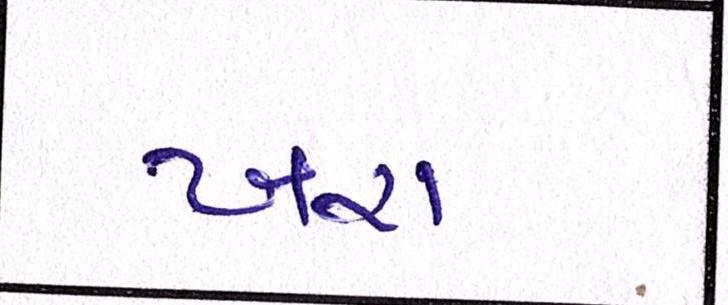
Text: ખરા